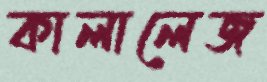
কালালেজ